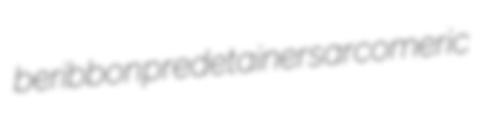
beribbon predetainer sarcomeric